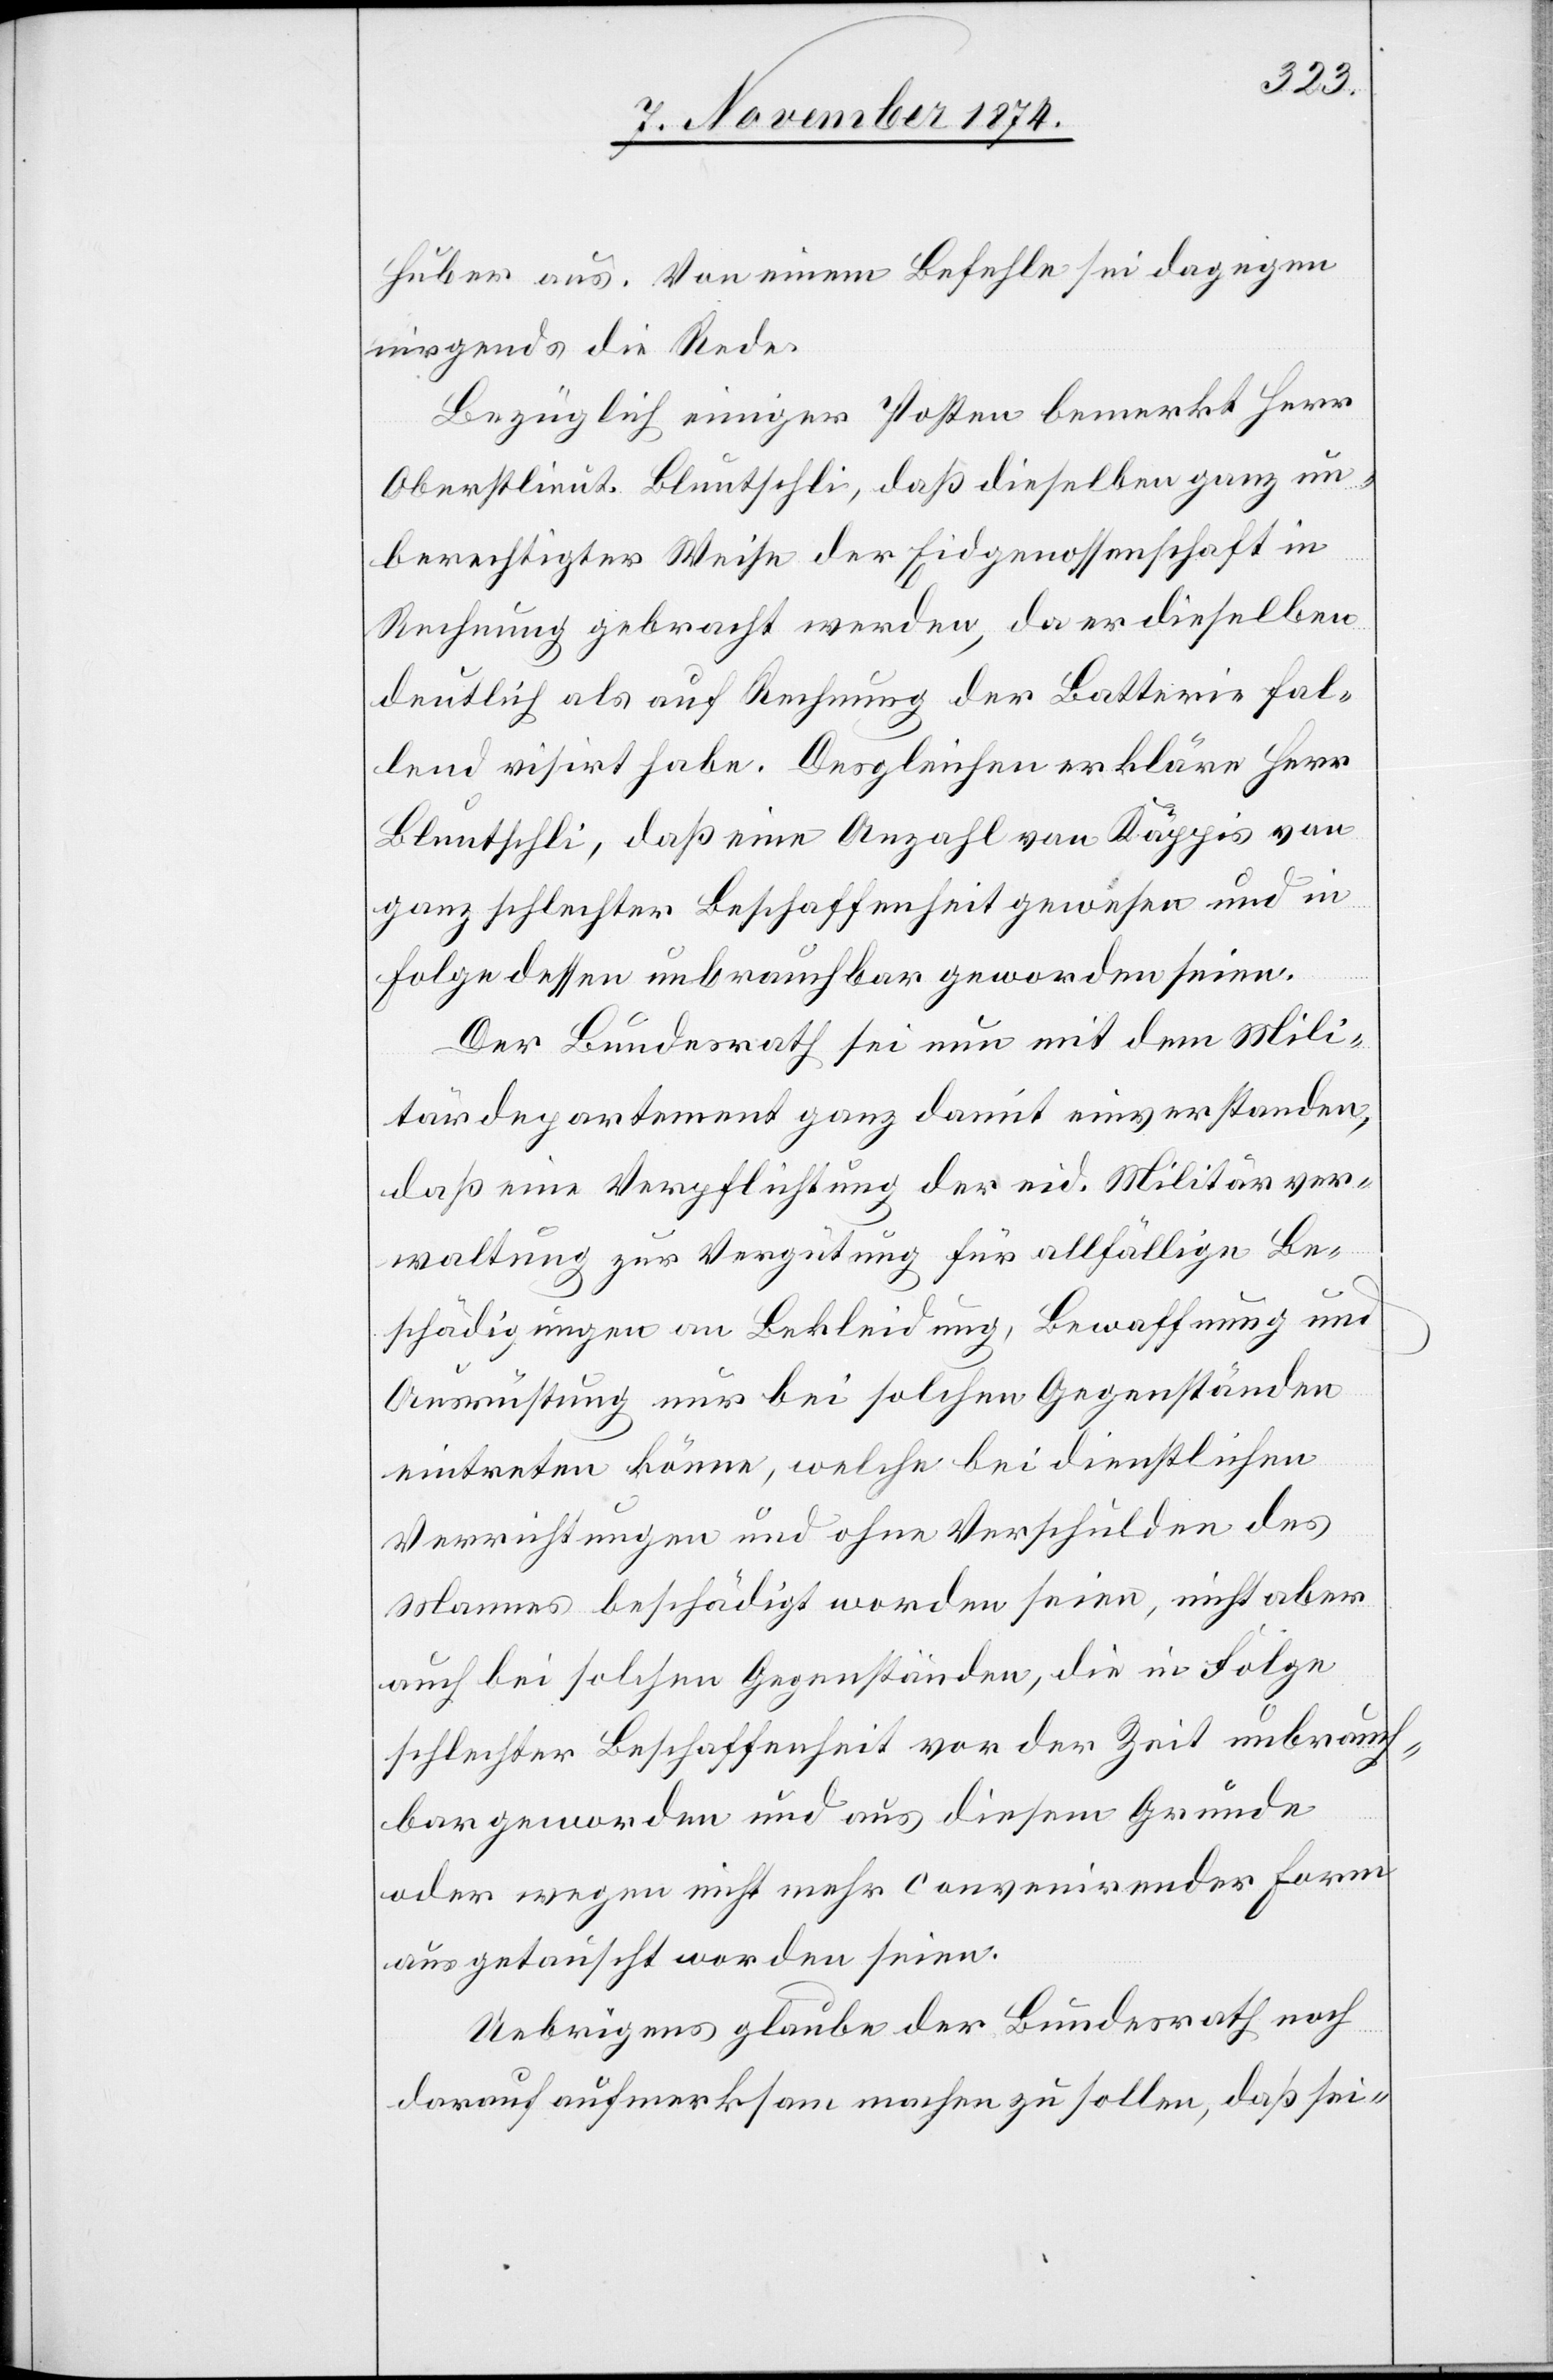
Huber aus. Von einem Befehle sei dagegen
nirgends die Rede.
Bezüglich einiger Posten bemerkt Herr
Oberstlieut. Bluntschli, daß dieselben ganz un¬
berechtigter Weise der Eidgenossenschaft in
Rechnung gebracht werden, da er dieselben
deutlich als auf Rechnung der Batterie fal¬
lend visirt habe. Desgleichen erkläre Herr
Bluntschli, daß eine Anzahl von Käppis von
ganz schlechter Beschaffenheit gewesen und in
Folge dessen unbrauchbar geworden seien.
Der Bundesrath sei nun mit dem Mili¬
tärdepartement ganz damit einverstanden,
daß eine Verpflichtung der eid. Militärver¬
waltung zur Vergütung für allfällige Be¬
schädigungen an Bekleidung, Bewaffnung und
Ausrüstung nur bei solchen Gegenständen
eintreten könne, welche bei dienstlichen
Verrichtungen und ohne Verschulden des
Namens beschädigt worden seien, nicht aber
auch bei solchen Gegenständen, die in Folge
schlechter Beschaffenheit vor der Zeit unbrauch¬
bar geworden und aus diesem Grunde
oder wegen nicht mehr convenirender Form
ausgetauscht worden seien.
Uebrigens glaube der Bundesrath noch
darauf aufmerksam machen zu sollen, daß sei-